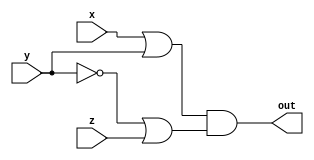
module project1
(
  input x, y, z,
  output out
);

wire out1, ny, out2;

or or1 ( out1, x,  y );
not nty ( ny, y );
or or2 ( out2, ny, z );
and n3( out, out1, out2 );

endmodule